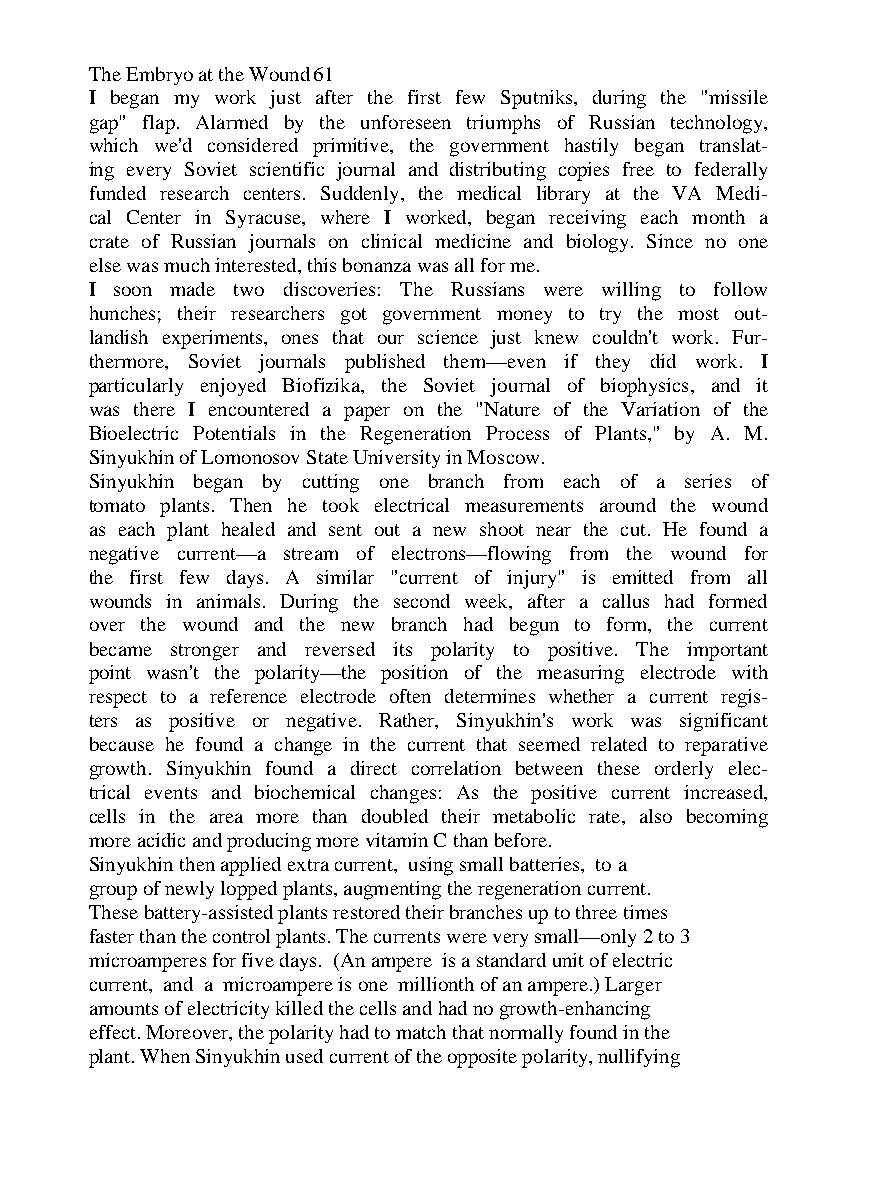
The Embryo at the Wound 61
 I began my work just after the first few Sputniks, during the "missile
 gap" flap. Alarmed by the unforeseen triumphs of Russian technology,
 which we'd considered primitive, the government hastily began translat-
 ing every Soviet scientific journal and distributing copies free to federally
 funded research centers. Suddenly, the medical library at the VA Medi-
 cal Center in Syracuse, where I worked, began receiving each month a
 crate of Russian journals on clinical medicine and biology. Since no one
 else was much interested, this bonanza was all for me.
 I soon made two discoveries: The Russians were willing to follow
 hunches; their researchers got government money to try the most out-
 landish experiments, ones that our science just knew couldn't work. Fur-
 thermore, Soviet journals published them—even if they did work. I
 particularly enjoyed Biofizika, the Soviet journal of biophysics, and it
 was there I encountered a paper on the "Nature of the Variation of the
 Bioelectric Potentials in the Regeneration Process of Plants," by A. M.
 Sinyukhin of Lomonosov State University in Moscow.
 Sinyukhin began by cutting one branch from each of a series of
 tomato plants. Then he took electrical measurements around the wound
 as each plant healed and sent out a new shoot near the cut. He found a
 negative current—a stream of electrons—flowing from the wound for
 the first few days. A similar "current of injury" is emitted from all
 wounds in animals. During the second week, after a callus had formed
 over the wound and the new branch had begun to form, the current
 became stronger and reversed its polarity to positive. The important
 point wasn't the polarity—the position of the measuring electrode with
 respect to a reference electrode often determines whether a current regis-
 ters as positive or negative. Rather, Sinyukhin's work was significant
 because he found a change in the current that seemed related to reparative
 growth. Sinyukhin found a direct correlation between these orderly elec-
 trical events and biochemical changes: As the positive current increased,
 cells in the area more than doubled their metabolic rate, also becoming
 more acidic and producing more vitamin C than before.
 Sinyukhin then applied extra current, using small batteries, to a
 group of newly lopped plants, augmenting the regeneration current.
 These battery-assisted plants restored their branches up to three times
 faster than the control plants. The currents were very small—only 2 to 3
 microamperes for five days. (An ampere is a standard unit of electric
 current, and a microampere is one millionth of an ampere.) Larger
 amounts of electricity killed the cells and had no growth-enhancing
 effect. Moreover, the polarity had to match that normally found in the
 plant. When Sinyukhin used current of the opposite polarity, nullifying